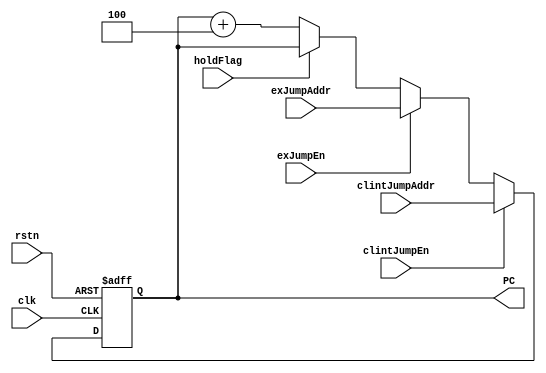
module PCReg (input wire clk,
              input wire rstn,
              input wire holdFlag,
              input wire exJumpEn,             //ex write enable
              input wire [31:0] exJumpAddr,    //ex read data
              input wire clintJumpEn,          //clint write enable
              input wire [31:0] clintJumpAddr, //clint write data
              output reg [31:0] PC);            //PC value
    
    
    //PC write
    always @(posedge clk,negedge rstn) begin
        if (~rstn) begin
            PC <= 0;
        end
        else if (clintJumpEn) begin
            PC <= clintJumpAddr;
        end
        else if (exJumpEn) begin
            PC <= exJumpAddr;
        end
        else if (holdFlag) begin
            PC <= PC;
        end
        else begin
            PC <= PC+4;
        end
    end
    
endmodule